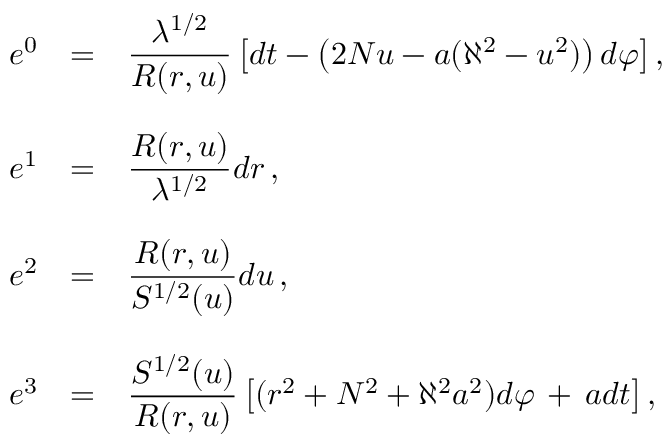
\begin{array} { r c l } { { e ^ { 0 } } } & { { = } } & { { { \displaystyle \frac { \lambda ^ { 1 / 2 } } { R ( r , u ) } \left[ d t - \left( 2 N u - a ( \aleph ^ { 2 } - u ^ { 2 } ) \right) d \varphi \right] } \, , } } \\ { { } } & { { } } & { { } } \\ { { e ^ { 1 } } } & { { = } } & { { { \displaystyle \frac { R ( r , u ) } { \lambda ^ { 1 / 2 } } d r } \, , } } \\ { { } } & { { } } & { { } } \\ { { e ^ { 2 } } } & { { = } } & { { { \displaystyle \frac { R ( r , u ) } { { \cal S } ^ { 1 / 2 } ( u ) } d u } \, , } } \\ { { } } & { { } } & { { } } \\ { { e ^ { 3 } } } & { { = } } & { { { \displaystyle \frac { { \cal S } ^ { 1 / 2 } ( u ) } { R ( r , u ) } \left[ ( r ^ { 2 } + N ^ { 2 } + \aleph ^ { 2 } a ^ { 2 } ) d \varphi \, + \, a d t \right] } \, , } } \end{array}